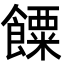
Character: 𩞸